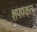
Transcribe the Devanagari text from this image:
शफाकत